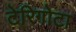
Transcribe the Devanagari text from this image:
टेरिगोटा